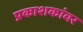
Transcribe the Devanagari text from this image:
प्रकाशकांवर